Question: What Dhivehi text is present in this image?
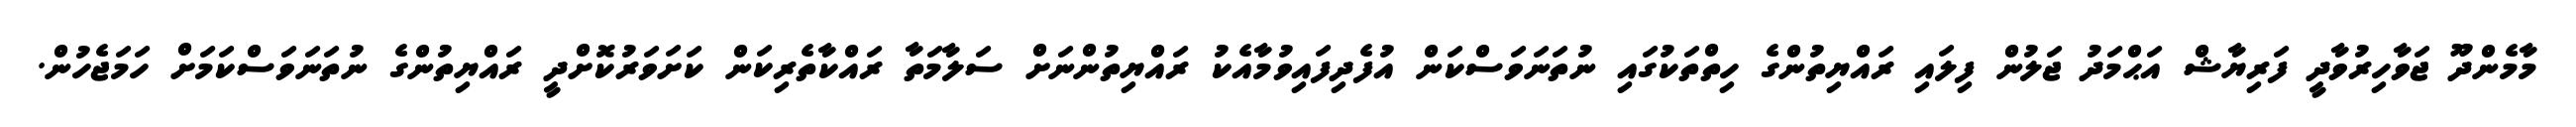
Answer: މާމެންދޫ ޖަވާހިރުވާދީ ފަރިޔާޝް އަޙްމަދު ޖަލުން ފިލައި ރައްޔިތުންގެ ހިތްތަކުގައި ނުތަނަވަސްކަން އުފެދިފައިވުމާއެކު ރައްޔިތުންނަށް ސަލާމަތާ ރައްކާތެރިކަން ކަށަވަރުކޮށްދީ ރައްޔިތުންގެ ނުތަނަވަސްކަމަށް ހަމަޖެހުން.